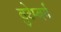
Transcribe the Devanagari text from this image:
वुटेम्बर्ग